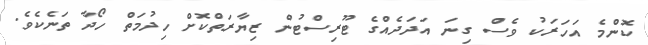
ކޮންމެ އަހަރަކު ވެސް ގިނަ އަދަދެއްގެ ޓޫރިސްޓުން ޒިޔާރަތްކޮށް ހިދުމަތް ހޯދާ ތަނެކެވެ.